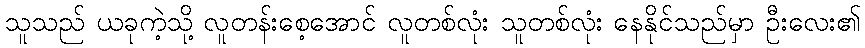
သူသည် ယခုကဲ့သို့ လူတန်းစေ့အောင် လူတစ်လုံး သူတစ်လုံး နေနိုင်သည်မှာ ဦးလေး၏